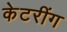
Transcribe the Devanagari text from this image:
केटरींग